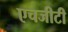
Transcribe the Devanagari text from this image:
एचजीटी